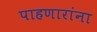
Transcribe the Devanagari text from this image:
पाहणारांना